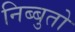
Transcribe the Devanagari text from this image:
निब्बुतो